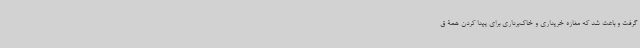
گرفت و باعث شد که مغازه خریداری و خاک‌برداری برای پیدا کردن همۀ ق